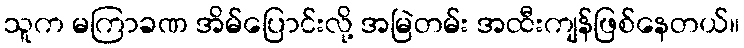
သူက မကြာခဏ အိမ်ပြောင်းလို့ အမြဲတမ်း အထီးကျန်ဖြစ်နေတယ်။